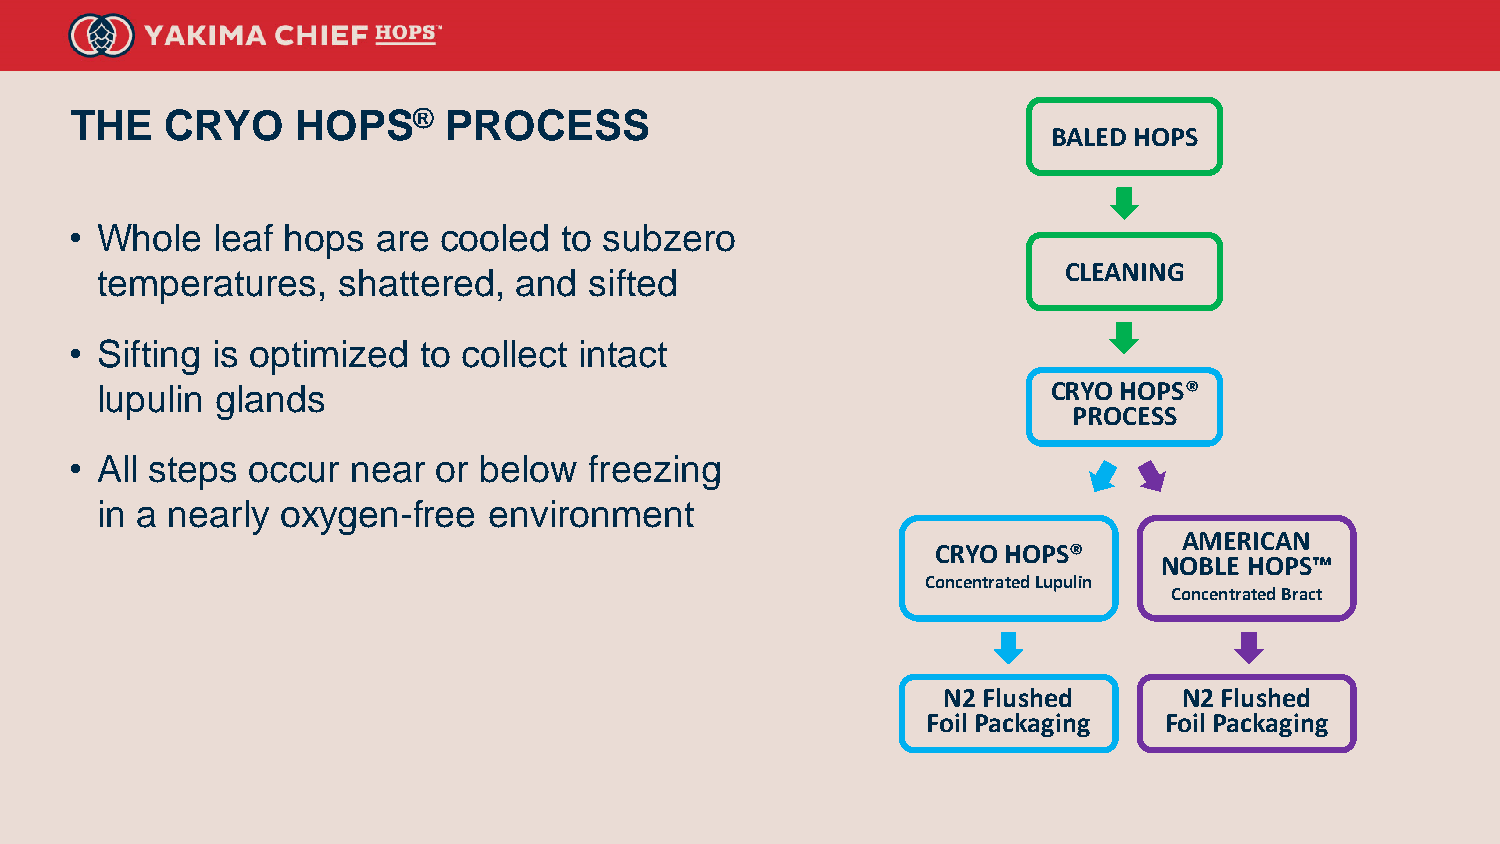
THE   CRYO     HOPS®    PROCESS
 BALED HOPS
 • Whole  leaf hops  are cooled  to subzero
 CLEANING
 temperatures,   shattered,  and  sifted
 • Sifting is optimized to collect intact
 lupulin glands                                                  CRYO HOPS®
 PROCESS
 • All steps occur near  or below  freezing
 in a nearly  oxygen-free  environment
 AMERICAN
 CRYO HOPS®
 NOBLE HOPS™
 Concentrated Lupulin
 Concentrated Bract
 N2 Flushed      N2 Flushed
 Foil Packaging  Foil Packaging